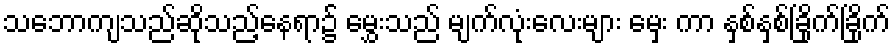
သဘောကျသည်ဆိုသည့်နေရာ၌ မွှေးသည် မျက်လုံးလေးများ မှေး ကာ နှစ်နှစ်ခြိုက်ခြိုက်